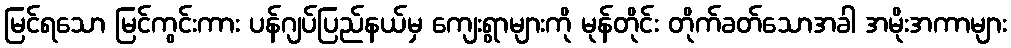
မြင်ရသော မြင်ကွင်းကား ပန်ဂျပ်ပြည်နယ်မှ ကျေးရွာများကို မုန်တိုင်း တိုက်ခတ်သောအခါ အမိုးအကာများ